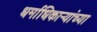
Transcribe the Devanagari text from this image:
धर्माधिकाऱ्यांच्या